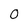
Character: O